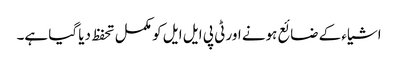
اشیاء کے ضائع ہونے اور ٹی پی ایل ایل کو مکمل تحفظ دیا گیا ہے۔